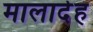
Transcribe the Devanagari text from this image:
मालादेह